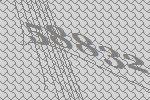
58832